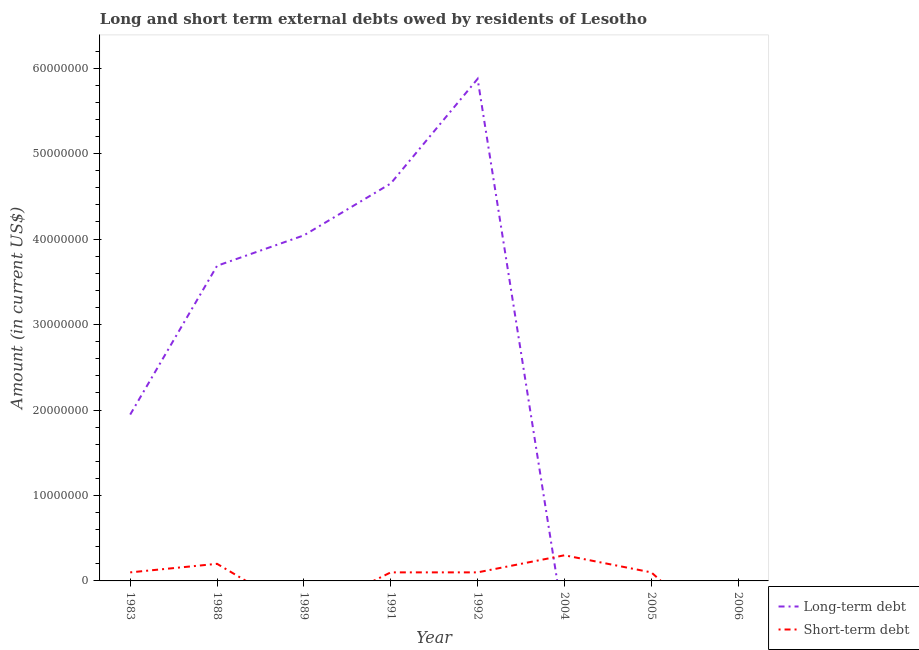
| Year | Long-term debt | Short-term debt |
 | --- | --- | --- |
 | 1983 | 1.95e+07 | 1e+06 |
 | 1988 | 3.69e+07 | 2e+06 |
 | 1989 | 4.04e+07 | -4e+06 |
 | 1991 | 4.65e+07 | 1e+06 |
 | 1992 | 5.87e+07 | 1e+06 |
 | 2004 | -5.32e+06 | 3e+06 |
 | 2005 | -4.42e+07 | 1e+06 |
 | 2006 | -7.03e+06 | -8e+06 |